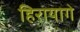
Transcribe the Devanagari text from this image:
हिरायागे